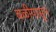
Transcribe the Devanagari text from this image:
बळीपासून